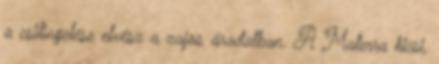
a csilingelése elvész a zajos áradatban. A Materra kicsi,